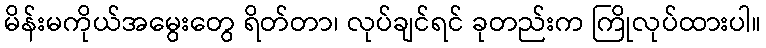
မိန်းမကိုယ်အမွေးတွေ ရိတ်တာ၊ လုပ်ချင်ရင် ခုတည်းက ကြိုလုပ်ထားပါ။